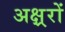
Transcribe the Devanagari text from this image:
अक्ष्ररों